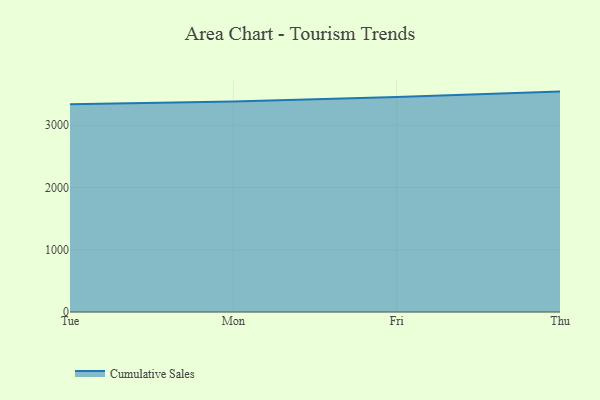
{"axis": {"x": "Day", "y": "Website Visitors"}, "legend": ["Cumulative Sales"], "data": [{"x": "Tue", "y": 3338.4, "type": "Cumulative Sales"}, {"x": "Mon", "y": 3383.4, "type": "Cumulative Sales"}, {"x": "Fri", "y": 3452.7, "type": "Cumulative Sales"}, {"x": "Thu", "y": 3541.3, "type": "Cumulative Sales"}]}